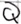
Text: Q